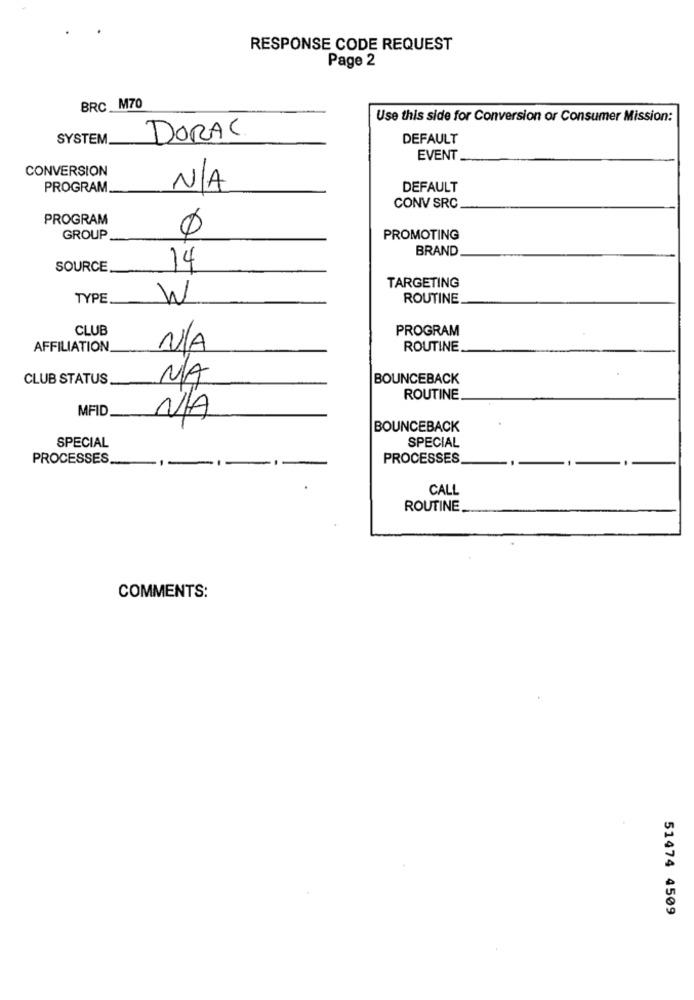
RESPONSE CODE REQUEST
Page 2
BRC M70
Use this side for Conversion or Consumer Mission:
SYSTEM
DORAC
DEFAULT
EVENT
CONVERSION
PROGRAM
DEFAULT
CONV SRC
PROGRAM
GROUP
PROMOTING
BRAND
SOURCE
14
TARGETING
TYPE
W
ROUTINE
CLUB
PROGRAM
AFFILIATION
ROUTINE
CLUB STATUS
BOUNCEBACK
ROUTINE
MFID
BOUNCEBACK
SPECIAL
SPECIAL
PROCESSES
PROCESSES
CALL
ROUTINE
COMMENTS:
51474 4509